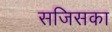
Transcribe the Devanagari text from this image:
सजिसका